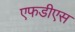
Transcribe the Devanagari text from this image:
एफडीएस